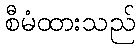
စီမံထားသည်